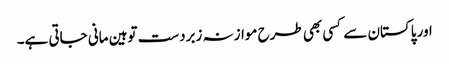
اور پاکستان سے کسی بھی طرح موازنہ زبردست توہین مانی جاتی ہے۔